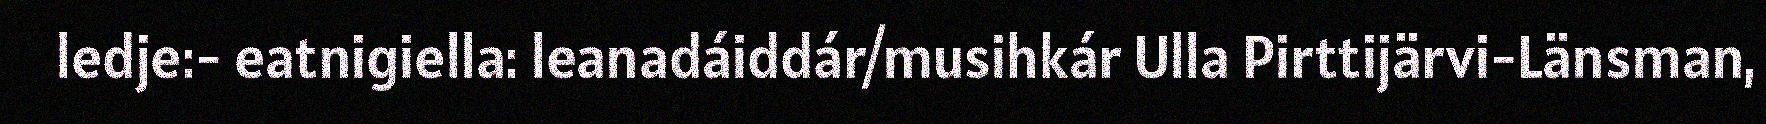
ledje:- eatnigiella: leanadáiddár/musihkár Ulla Pirttijärvi-Länsman,